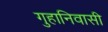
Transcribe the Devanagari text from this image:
गुहानिवासी